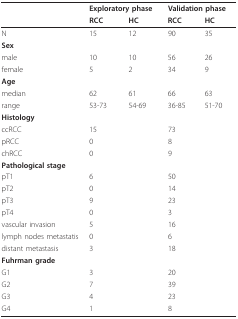
<table><thead><tr><td></td><td colspan="2"><b>Exploratory phase</b></td><td colspan="2"><b>Validation phase</b></td></tr><tr><td></td><td><b>RCC</b></td><td><b>HC</b></td><td><b>RCC</b></td><td><b>HC</b></td></tr></thead><tbody><tr><td>N</td><td>15</td><td>12</td><td>90</td><td>35</td></tr><tr><td><b>Sex</b></td><td></td><td></td><td></td><td></td></tr><tr><td>male</td><td>10</td><td>10</td><td>56</td><td>26</td></tr><tr><td>female</td><td>5</td><td>2</td><td>34</td><td>9</td></tr><tr><td><b>Age</b></td><td></td><td></td><td></td><td></td></tr><tr><td>median</td><td>62</td><td>61</td><td>66</td><td>63</td></tr><tr><td>range</td><td>53-73</td><td>54-69</td><td>36-85</td><td>51-70</td></tr><tr><td><b>Histology</b></td><td></td><td></td><td></td><td></td></tr><tr><td>ccRCC</td><td colspan="2">15</td><td colspan="2">73</td></tr><tr><td>pRCC</td><td colspan="2">0</td><td colspan="2">8</td></tr><tr><td>chRCC</td><td colspan="2">0</td><td colspan="2">9</td></tr><tr><td><b>Pathological stage</b></td><td></td><td></td><td></td><td></td></tr><tr><td>pT1</td><td colspan="2">6</td><td colspan="2">50</td></tr><tr><td>pT2</td><td colspan="2">0</td><td colspan="2">14</td></tr><tr><td>pT3</td><td colspan="2">9</td><td colspan="2">23</td></tr><tr><td>pT4</td><td colspan="2">0</td><td colspan="2">3</td></tr><tr><td>vascular invasion</td><td colspan="2">5</td><td colspan="2">16</td></tr><tr><td>lymph nodes metastatis</td><td colspan="2">0</td><td colspan="2">6</td></tr><tr><td>distant metastasis</td><td colspan="2">3</td><td colspan="2">18</td></tr><tr><td><b>Fuhrman grade</b></td><td></td><td></td><td></td><td></td></tr><tr><td>G1</td><td colspan="2">3</td><td colspan="2">20</td></tr><tr><td>G2</td><td colspan="2">7</td><td colspan="2">39</td></tr><tr><td>G3</td><td colspan="2">4</td><td colspan="2">23</td></tr><tr><td>G4</td><td colspan="2">1</td><td colspan="2">8</td></tr></tbody></table>